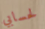
لحسابي